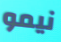
نيمو